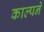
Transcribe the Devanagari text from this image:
काल्पने